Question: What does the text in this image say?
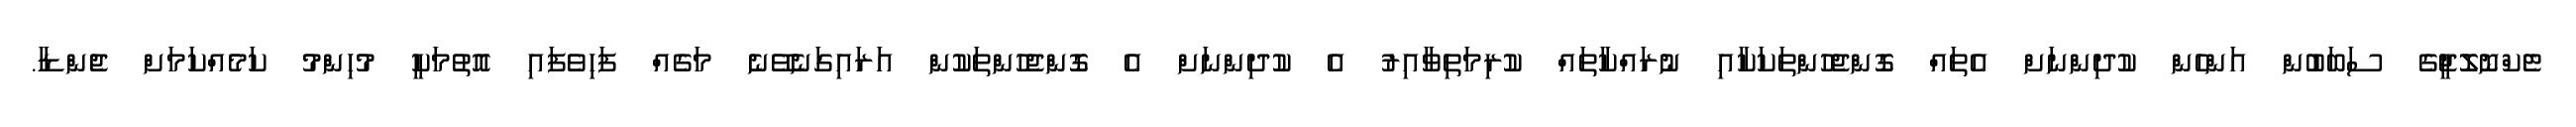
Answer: ޓެކްނޮލޮޖީގެ ސަބަބުން އަންހެން ކުދިންނަށް އެތައް ގޮންޖެހުންތަކަކާއި ނުރައްކާތައް ކުރިމަތިވާއިރު އެ ކުދިންނަށް އެ ގޮންޖެހުންތަކުން އަރައިގަނެވޭނެ މަގެއް ފަހިވެފައި އޮތުމަކީ މުހިންމު ކަމެއްކަމަށް ޖެންޑާ.